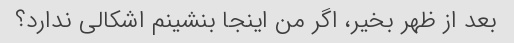
بعد از ظهر بخیر، اگر من اینجا بنشینم اشکالی ندارد؟